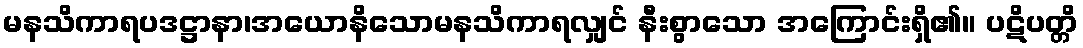
မနသိကာရပဒဋ္ဌာနာ၊အယောနိသောမနသိကာရလျှင် နီးစွာသော အကြောင်းရှိ၏။ ပဋိပတ္တိ